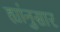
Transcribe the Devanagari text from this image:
ह्यांनुसार